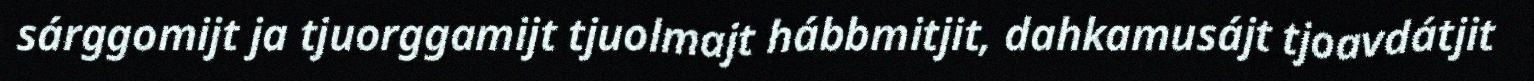
sárggomijt ja tjuorggamijt tjuolmajt hábbmitjit, dahkamusájt tjoavdátjit